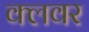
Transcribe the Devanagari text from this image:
क्लवर